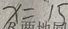
x = 1 5